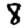
Digit: 8